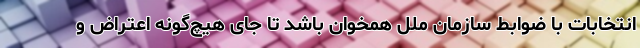
انتخابات با ضوابط سازمان ملل همخوان باشد تا جای هیچ‌گونه اعتراض و